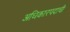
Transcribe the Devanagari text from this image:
अधिकारपदाची